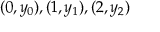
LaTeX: ( 0 , y _ { 0 } ) , ( 1 , y _ { 1 } ) , ( 2 , y _ { 2 } )